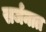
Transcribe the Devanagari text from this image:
सर्जनात